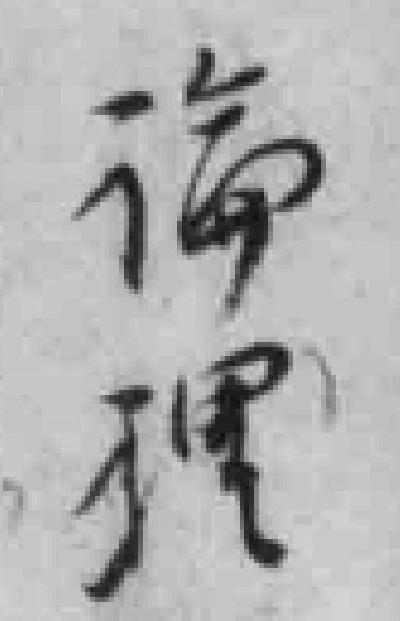
論理